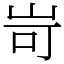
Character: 岢